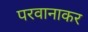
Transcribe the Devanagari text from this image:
परवानाकर